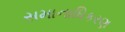
સમાનાધિકરણ